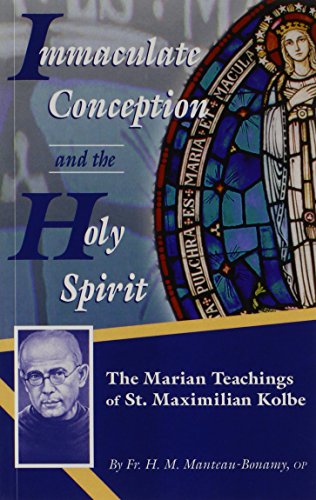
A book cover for Immaculate Conception and the Holy Spirit: The Marian Teaching of St. Maximilian Kolbe; H. M. Manteau-Bonamy; Christian Books & Bibles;